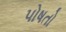
પોષતો